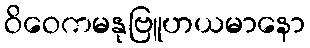
ဝိဝေကမနုဗြူဟယမာနော